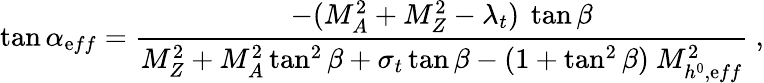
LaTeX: \tan\alpha_{\mathrm{e}ff}=\frac{{-(M_{A}^{2}+M_{Z}^{2}-\lambda_{t})\ \tan\beta}}{{M_{Z}^{2}+M_{A}^{2}\tan^{2}\beta+\sigma_{t}\tan\beta-(1+\tan^{2}\beta)\ M_{h^{0},\mathrm{e}ff}^{2}}}\ ,